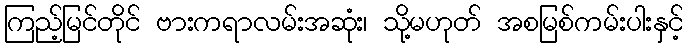
ကြည့်မြင်တိုင် ဗားကရာလမ်းအဆုံး၊ သို့မဟုတ် အစမြစ်ကမ်းပါးနှင့်